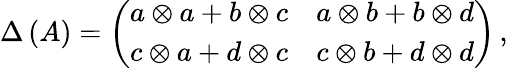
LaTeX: \Delta\left(A\right)=\left(\begin{array}{cc}{{a\otimes a+b\otimes c}}&{{a\otimes b+b\otimes d}}\\ {{c\otimes a+d\otimes c}}&{{c\otimes b+d\otimes d}}\end{array}\right)\, ,